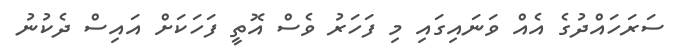
ސަރަހައްދުގެ އެއް ވަނައިގައި މި ފަހަރު ވެސް އޮތީ ފަހަކަށް އައިސް ދެކުނު